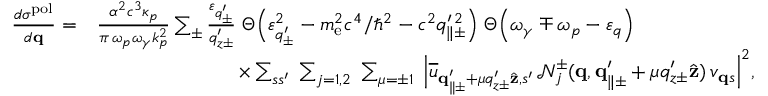
\begin{array} { r l } { \frac { d \sigma ^ { \mathrm { p o l } } } { d { \bf q } } = } & { \frac { \alpha ^ { 2 } c ^ { 3 } \kappa _ { p } } { \pi \, \omega _ { p } \omega _ { \gamma } k _ { p } ^ { 2 } } \sum _ { \pm } \frac { \varepsilon _ { q _ { \pm } ^ { \prime } } } { q _ { z \pm } ^ { \prime } } \; \Theta \Big ( \varepsilon _ { q _ { \pm } ^ { \prime } } ^ { 2 } - m _ { \mathrm { e } } ^ { 2 } c ^ { 4 } / \hbar ^ { 2 } - c ^ { 2 } q _ { \parallel \pm } ^ { \prime \, 2 } \Big ) \; \Theta \Big ( \omega _ { \gamma } \mp \omega _ { p } - \varepsilon _ { q } \Big ) } \\ & { \quad \quad \quad \quad \quad \quad \quad \times \sum _ { s s ^ { \prime } } \; \sum _ { j = 1 , 2 } \; \sum _ { \mu = \pm 1 } \; \Big | \overline { { u } } _ { { \bf q } _ { \parallel \pm } ^ { \prime } + \mu q _ { z \pm } ^ { \prime } \hat { \bf z } , s ^ { \prime } } \, \mathcal { N } _ { j } ^ { \pm } ( { \bf q } , { \bf q } _ { \parallel \pm } ^ { \prime } + \mu q _ { z \pm } ^ { \prime } \hat { \bf z } ) \, v _ { { \bf q } s } \Big | ^ { 2 } , } \end{array}